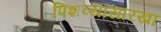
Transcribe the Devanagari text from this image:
पिशव्यांसारखा